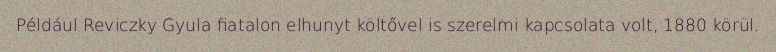
Például Reviczky Gyula fiatalon elhunyt költővel is szerelmi kapcsolata volt, 1880 körül.